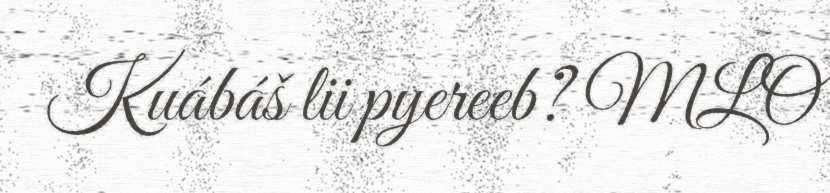
Kuábáš lii pyereeb? MLO